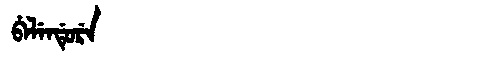
Manchu: ᠪᡝᠯᡝᠨᡩᡠᡵᡝ
Romanization: BELENDURE